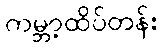
ကမ္ဘာ့ထိပ်တန်း